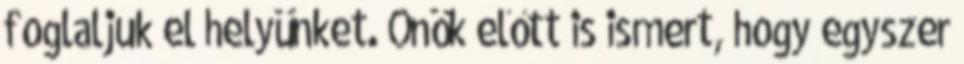
foglaljuk el helyünket. Önök előtt is ismert, hogy egyszer